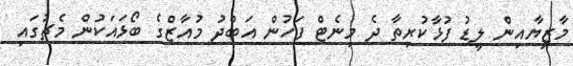
މާޒިޔާއިން ލީޑު ފުޅާކުރިތާ ދެ މިނެޓް ފަހުން އަބްދު މުއާޒްގެ ބޯޅައަކުން މެޗުގައި